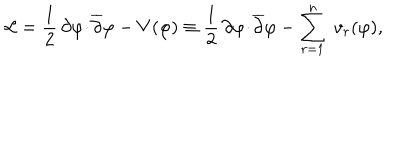
{ \cal L } = \frac { 1 } { 2 } \, \partial \varphi \! \cdot \! { \overline { { \partial } } } \varphi - V ( \varphi ) \equiv \frac { 1 } { 2 } \, \partial \varphi \! \cdot \! { \overline { { \partial } } } \varphi - \sum _ { r = 1 } ^ { n } \; v _ { r } ( \varphi ) ,